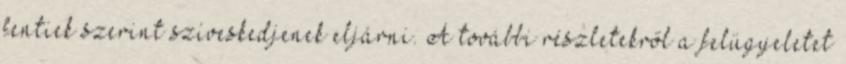
fentiek szerint szíveskedjenek eljárni. A további részletekről a felügyeletet